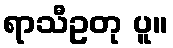
ရာသီဥတု ပူ။